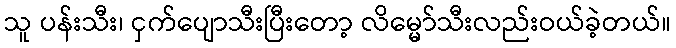
သူ ပန်းသီး၊ ငှက်ပျောသီးပြီးတော့ လိမ္မော်သီးလည်းဝယ်ခဲ့တယ်။